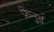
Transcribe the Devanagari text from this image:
फ़ेनुर्ड